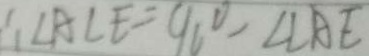
\therefore \angle A C E = 9 0 ^ { \circ } - \angle L A E